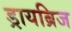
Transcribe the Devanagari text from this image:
ड्रायब्रिज